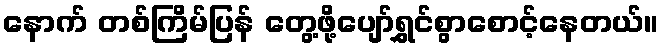
နောက် တစ်ကြိမ်ပြန် တွေ့ဖို့ပျော်ရွှင်စွာစောင့်နေတယ်။